Annual report on the working of the lock hospitals in the North-Western Provinces and Oudh
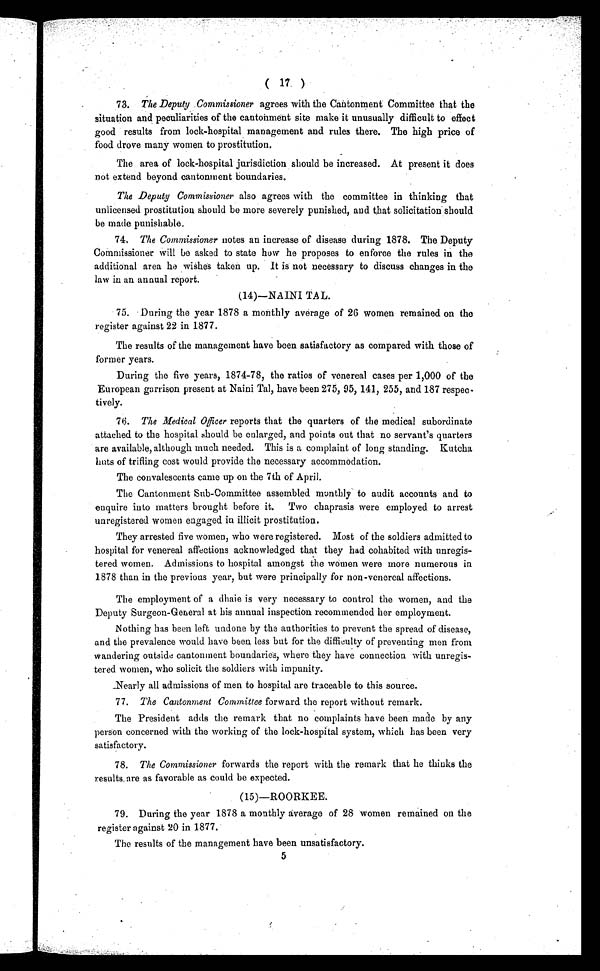
( 17 )
73. The Deputy Commissioner agrees with the Cantonment Committee that the
situation and peculiarities of the cantonment site make it unusually difficult to effect
good results from lock-hospital management and rules there. The high price of
food drove many women to prostitution.
The area of lock-hospital jurisdiction should be increased. At present it does
not extend beyond cantonment boundaries.
The Deputy Commissioner also agrees with the committee in thinking that
unlicensed prostitution should be more severely punished, and that solicitation should
be made punishable.
74. The Commissioner notes an increase of disease during 1878. The Deputy
Commissioner will be asked to state how he proposes to enforce the rules in the
additional area he wishes taken up. It is not necessary to discuss changes in the
law in an annual report.
(14)—NAINI TAL.
75. During the year 1878 a monthly average of 26 women remained on the
register against 22 in 1877.
The results of the management have been satisfactory as compared with those of
former years.
During the five years, 1874-78, the ratios of venereal cases per 1,000 of the
European garrison present at Naini Tal, have been 275, 95, 141, 255, and 187 respec-
tively.
76. The Medical Officer reports that the quarters of the medical subordinate
attached to the hospital should be enlarged, and points out that no servant's quarters
are available, although much needed. This is a complaint of long standing. Kutcha
huts of trifling cost would provide the necessary accommodation.
The convalescents came up on the 7th of April.
The Cantonment Sub-Committee assembled monthly to audit accounts and to
enquire into matters brought before it. Two chaprasis were employed to arrest
unregistered women engaged in illicit prostitution.
They arrested five women, who were registered. Most of the soldiers admitted to
hospital for venereal affections acknowledged that they had cohabited with unregis-
tered women. Admissions to hospital amongst the women were more numerous in
1878 than in the previous year, but were principally for non-venereal affections.
The employment of a dhaie is very necessary to control the women, and the
Deputy Surgeon-General at his annual inspection recommended her employment.
Nothing has been left undone by the authorities to prevent the spread of disease,
and the prevalence would have been less but for the difficulty of preventing men from
wandering outside cantonment boundaries, where they have connection with unregis-
tered women, who solicit the soldiers with impunity.
Nearly all admissions of men to hospital are traceable to this source.
77. The Cantonment Committee forward the report without remark.
The President adds the remark that no complaints have been made by any
person concerned with the working of the lock-hospital system, which has been very
satisfactory.
78. The Commissioner forwards the report with the remark that he thinks the
results are as favorable as could be expected.
(15)—ROORKEE.
79. During the year 1878 a monthly average of 28 women remained on the
register against 20 in 1877.
The results of the management have been unsatisfactory
5